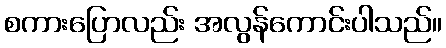
စကားပြောလည်း အလွန်ကောင်းပါသည်။